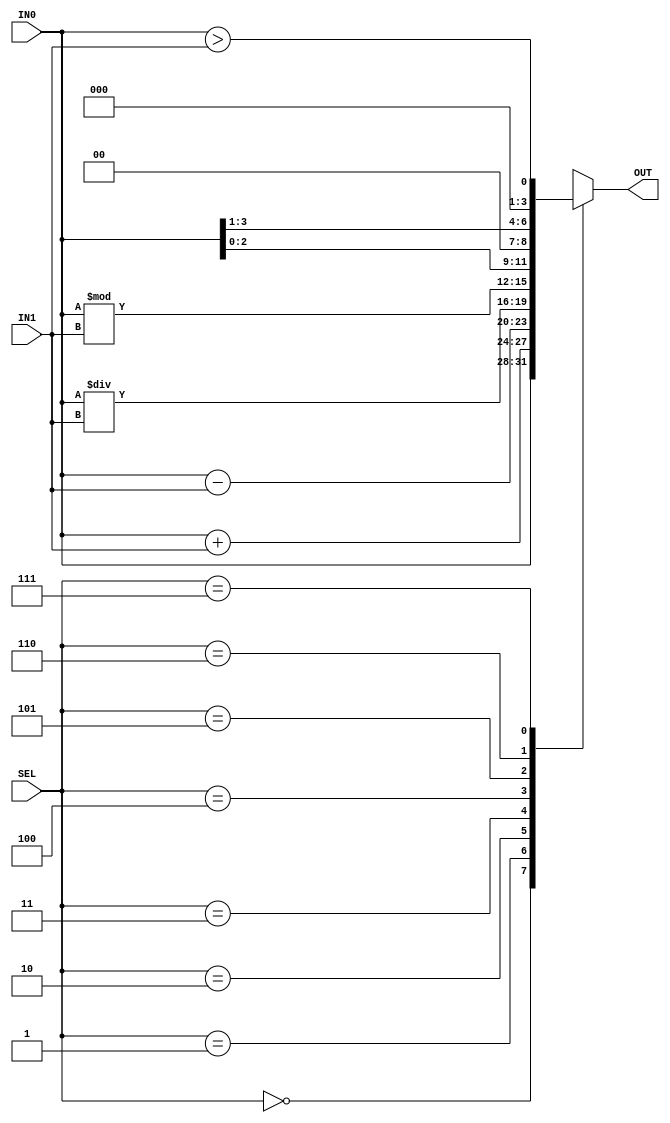
module ALU_8func (
	output reg [3:0] OUT,
	input  wire [3:0] IN0,
	input  wire [3:0] IN1,
	input  wire [2:0] SEL
);

always @(*)
begin
	case (SEL)
	3'b000 : OUT = IN0;
	3'b001 : OUT = IN0 + IN1;
	3'b010 : OUT = IN0 - IN1;
	3'b011 : OUT = IN0 / IN1;
	3'b100 : OUT = IN0 % IN1;
	3'b101 : OUT = IN0 << 1;
	3'b110 : OUT = IN0 >> 1;
	3'b111 : OUT = (IN0>IN1);
	default : OUT = 1'bx;	
	endcase
end

endmodule